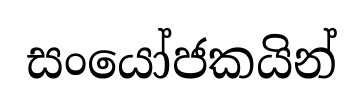
සංයෝජකයින්